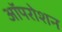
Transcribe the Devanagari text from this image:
ऑपरोशन